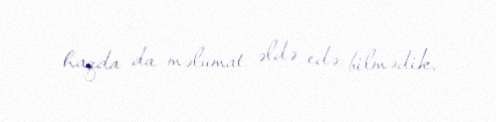
haqda da məlumat əldə edə bilmədik.